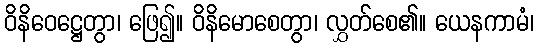
ဝိနိဝေဋ္ဌေတွာ၊ ဖြေ၍။ ဝိနိမောစေတွာ၊ လွှတ်စေ၏။ ယေနကာမံ၊